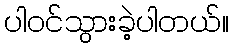
ပါဝင်သွားခဲ့ပါတယ်။